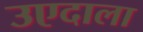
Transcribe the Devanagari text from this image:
उएदाला